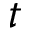
t